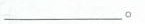
___。